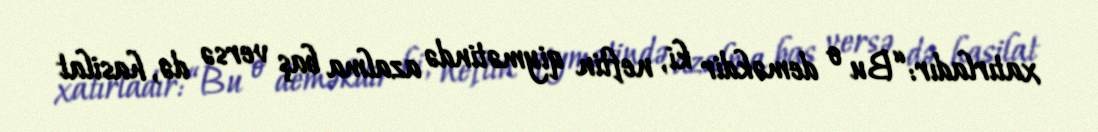
xatırladır: “Bu o deməkdir ki, neftin qiymətində azalma baş versə də, hasilat